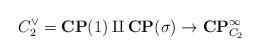
LaTeX: \begin{align*}C_2^\vee = \mathbf{CP}(1) \amalg \mathbf{CP}(\sigma) \to \mathbf{CP}^\infty_{C_2}\end{align*}